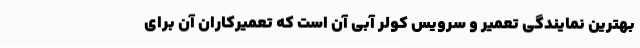
بهترین نمایندگی تعمیر و سرویس کولر آبی آن است که تعمیرکاران آن برای